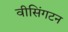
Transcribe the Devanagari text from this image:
वीसिंगटन